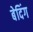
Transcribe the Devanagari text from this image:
बेदिंग